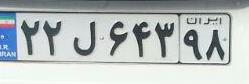
۲۲ل۶۴۳۹۸